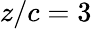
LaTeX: z/c=3